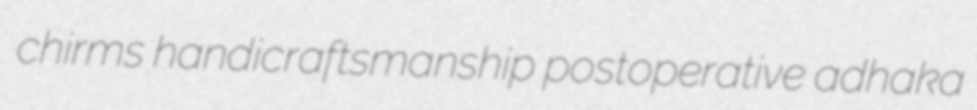
chirms handicraftsmanship postoperative adhaka